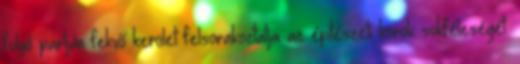
folyó partján fekvő kerület felsorakoztatja az építészeti korok sokféleségét.